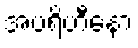
အပရိဟီနော